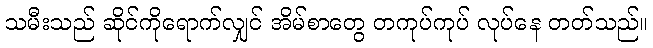
သမီးသည် ဆိုင်ကိုရောက်လျှင် အိမ်စာတွေ တကုပ်ကုပ် လုပ်နေ တတ်သည်။